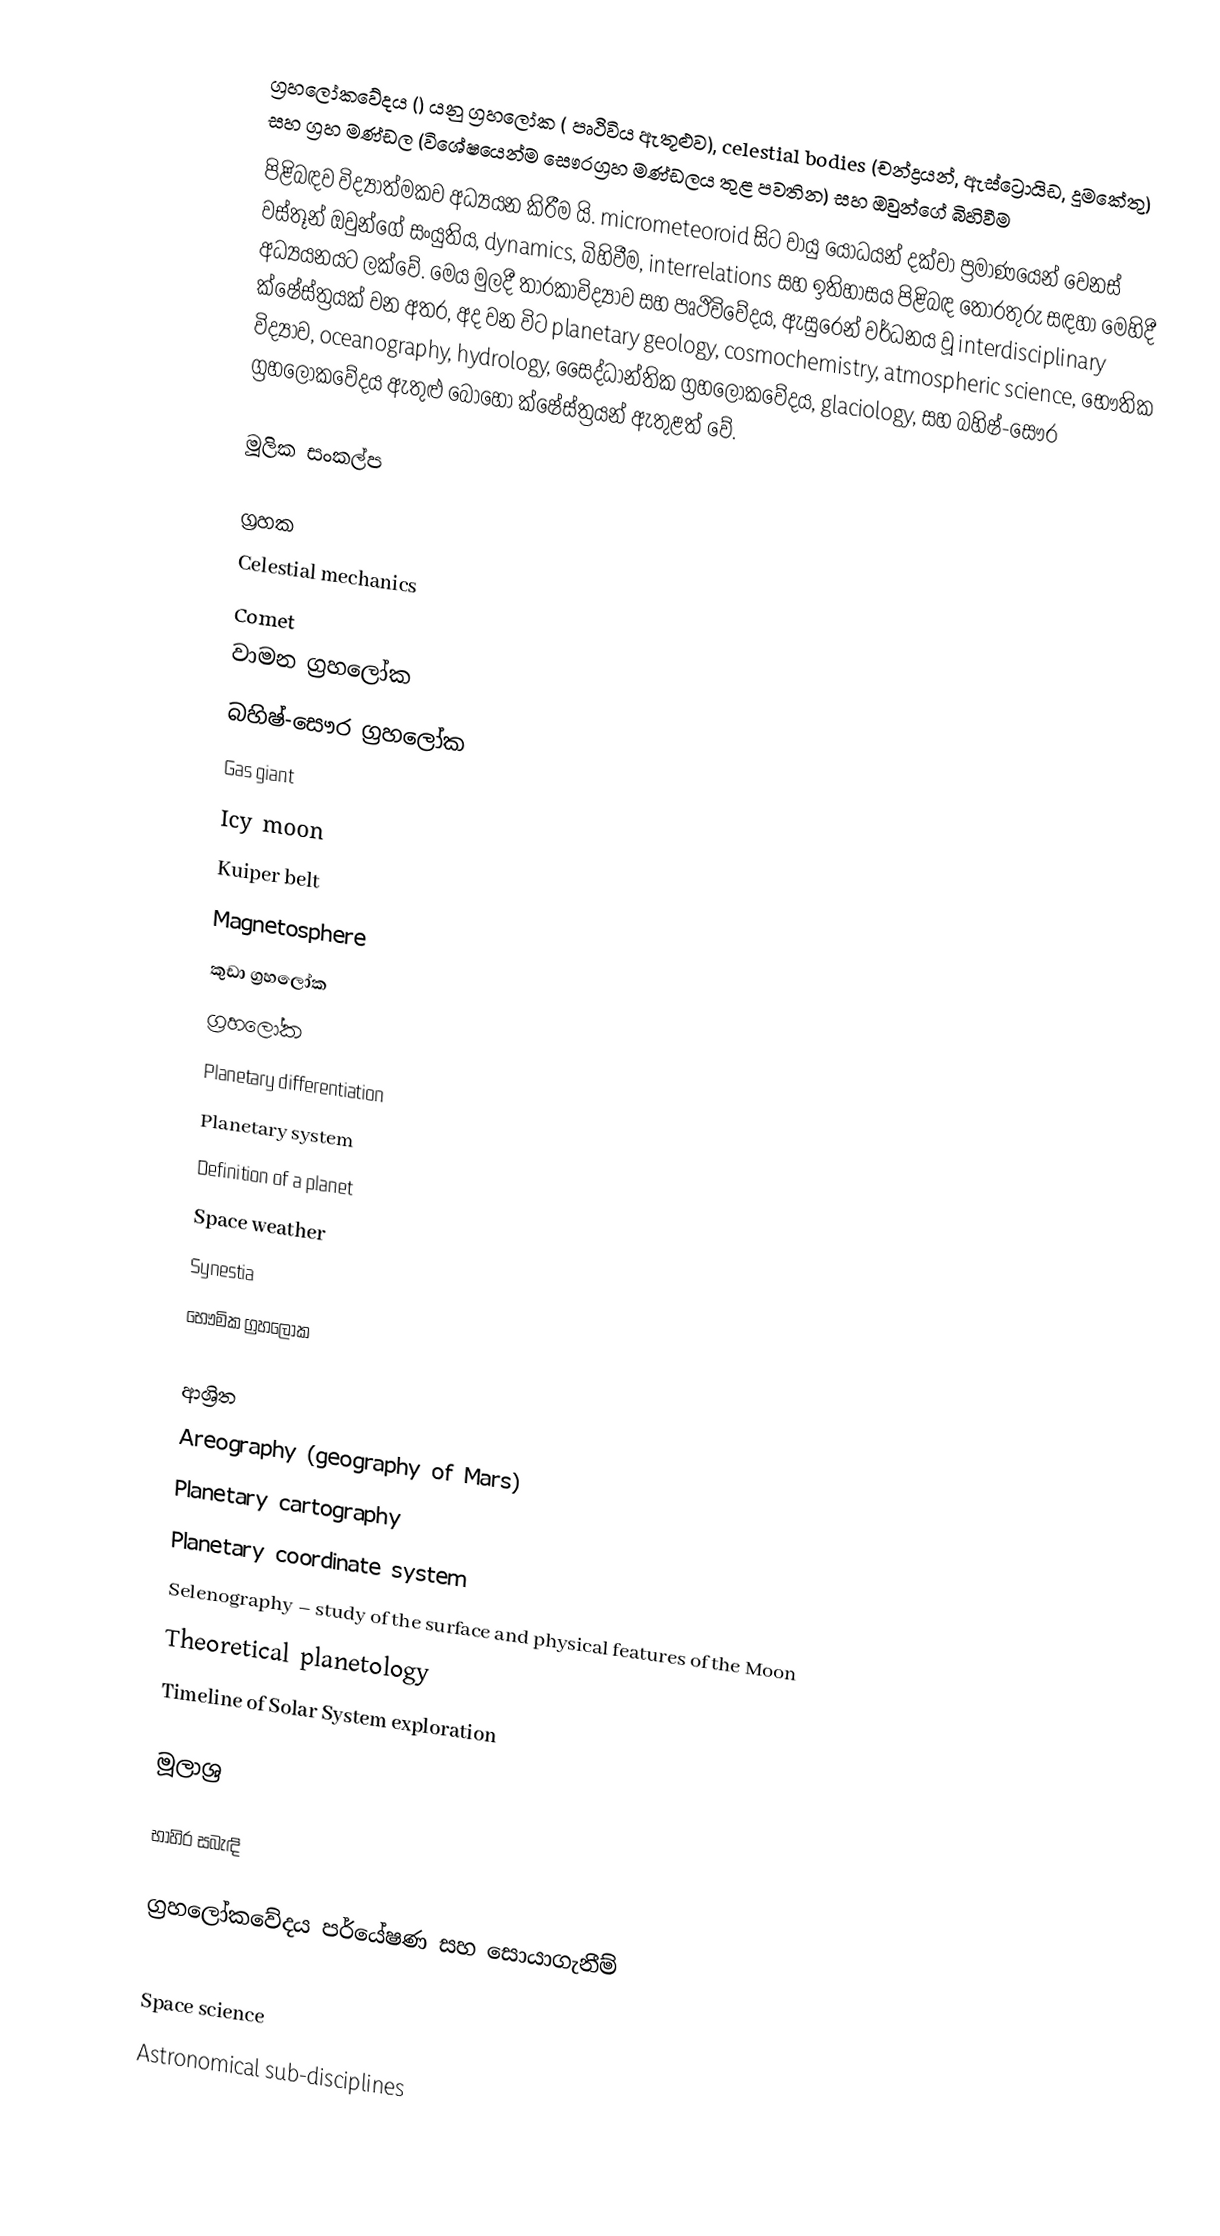
ග්‍රහලෝකවේදය () යනු ග්‍රහලෝක ( පෘථිවිය ඇතූළුව), celestial bodies (චන්ද්‍රයන්, ඇස්ට්‍රොයිඩ, දූමකේතු) සහ ග්‍රහ මණ්ඩල (විශේෂයෙන්ම සෞරග්‍රහ මණ්ඩලය තුළ පවතින) සහ ඔවුන්ගේ බිහිවීම
පිළිබඳව විද්‍යාත්මකව අධ්‍යයන කිරීම යි.  micrometeoroid සිට වායු යෝධයන් දක්වා ප්‍රමාණයෙන් වෙනස් වස්තූන් ඔවුන්ගේ සංයුතිය, dynamics, බිහිවීම, interrelations සහ ඉතිහාසය පිළිබඳ තොරතුරු සඳහා මෙහිදී අධ්‍යයනයට ලක්වේ. මෙය මුලදී තාරකාවිද්‍යාව සහ පෘථිවිවේදය, ඇසුරෙන් වර්ධනය වූ interdisciplinary ක්ෂේස්ත්‍රයක් වන අතර, අද වන විට planetary geology, cosmochemistry, atmospheric science, භෞතික විද්‍යාව, oceanography, hydrology, සෛද්ධාන්තික ග්‍රහලෝකවේදය, glaciology, සහ බහිෂ්-සෞර ග්‍රහලෝකවේදය ඇතුළු බොහෝ ක්ෂේස්ත්‍රයන් ඇතුළත් වේ.

මූලික සංකල්ප

 ග්‍රහක
 Celestial mechanics
 Comet
 වාමන ග්‍රහලෝක
 බහිෂ්-සෞර ග්‍රහලෝක
 Gas giant
 Icy moon
 Kuiper belt
 Magnetosphere
 කුඩා ග්‍රහලෝක
 ග්‍රහලෝක
 Planetary differentiation
 Planetary system
 Definition of a planet
 Space weather
 Synestia
 භෞමික ග්‍රහලෝක

ආශ්‍රිත
 Areography (geography of Mars)
 Planetary cartography
 Planetary coordinate system
 Selenography – study of the surface and physical features of the Moon
 Theoretical planetology
 Timeline of Solar System exploration

මූලාශ්‍ර

භාහිර සබැඳි

 ග්‍රහලෝකවේදය පර්යේෂණ සහ සොයාගැනීම්

Space science
Astronomical sub-disciplines